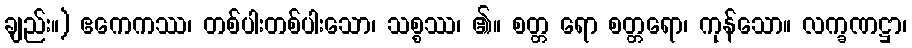
ချည်း။) ဧကေကဿ၊ တစ်ပါးတစ်ပါးသော၊ သစ္စဿ၊ ၏။ စတ္တ ရော စတ္တရော၊ ကုန်သော။ လက္ခဏဋ္ဌာ၊